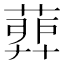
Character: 𦹉